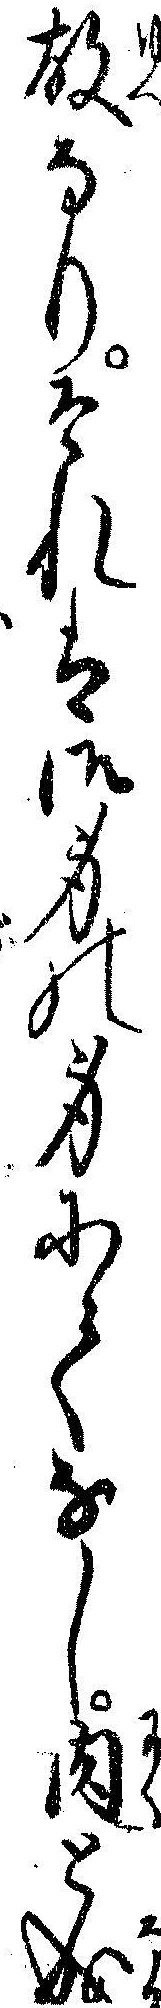
故なりそれは御身の身にてなし肉と成